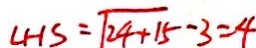
L H S = \sqrt { 2 4 + 1 5 } - 3 = 4